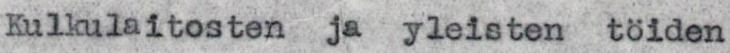
Kulkulaitosten ja yleisten töiden